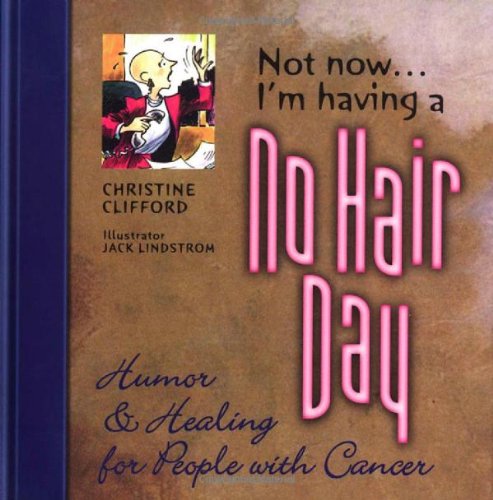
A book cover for Not Now I'M Having A No Hair Day; Christine Clifford; Humor & Entertainment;